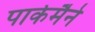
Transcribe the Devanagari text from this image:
पार्कमैने